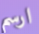
ارسم